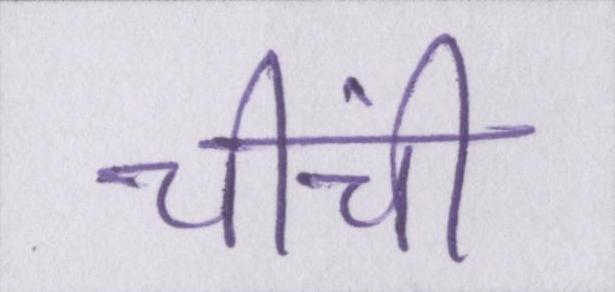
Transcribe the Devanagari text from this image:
चींची